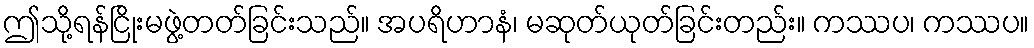
ဤသို့ရန်ငြိုးမဖွဲ့တတ်ခြင်းသည်။ အပရိဟာနံ၊ မဆုတ်ယုတ်ခြင်းတည်း။ ကဿပ၊ ကဿပ။